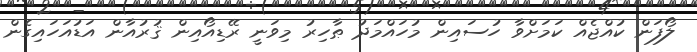
ލޯފަން ކުއްޖެއް ކަމަށްވާ ހުސައިން މުހައްމަދު ޠާހިރު މިވަނީ ރޭޑިއޯއިން ޤުރުއާން އަޑުއަހައިގެން